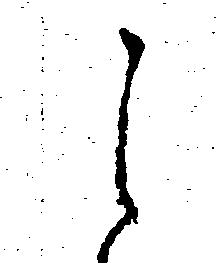
ら